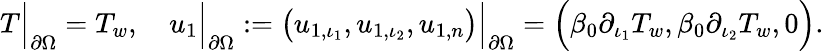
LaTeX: \begin{array}{r}{T\Big|_{\partial\Omega}=T_{w},\quad u_{1}\Big|_{\partial\Omega}:=\big(u_{1,\iota_{1}},u_{1,\iota_{2}},u_{1,n}\big)\Big|_{\partial\Omega}=\Big(\beta_{0}\partial_{\iota_{1}}T_{w},\beta_{0}\partial_{\iota_{2}}T_{w},0\Big).}\end{array}